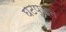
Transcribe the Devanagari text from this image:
घटपूजन